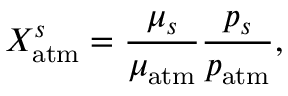
X _ { \mathrm { a t m } } ^ { s } = \frac { \mu _ { s } } { \mu _ { \mathrm { a t m } } } \frac { p _ { s } } { p _ { \mathrm { a t m } } } ,